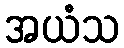
အယံသ